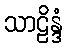
သာဠိန္ဒံ